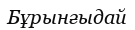
Бұрынғыдай